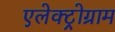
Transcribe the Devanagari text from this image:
एलेक्ट्रोग्राम